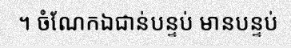
។ ចំណែកឯជាន់បន្ទប់ មានបន្ទប់